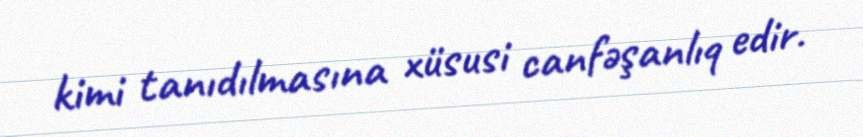
kimi tanıdılmasına xüsusi canfəşanlıq edir.